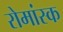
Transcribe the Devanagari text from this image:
रोमांस्क